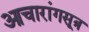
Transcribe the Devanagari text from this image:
आचारांगसूत्र